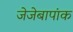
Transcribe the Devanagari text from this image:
जेजेबापांक